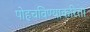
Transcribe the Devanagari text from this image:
पोहचविण्याकरिता